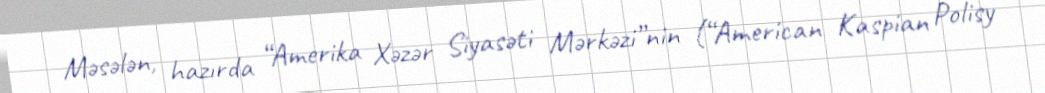
Məsələn, hazırda “Amerika Xəzər Siyasəti Mərkəzi”nin (“American Kaspian Polisy